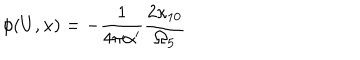
\phi ( U , x ) = - \frac { 1 } { 4 \pi \alpha ^ { \prime } } \frac { 2 \kappa _ { 1 0 } } { \Omega _ { 5 } }